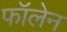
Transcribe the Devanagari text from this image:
फॉलेन